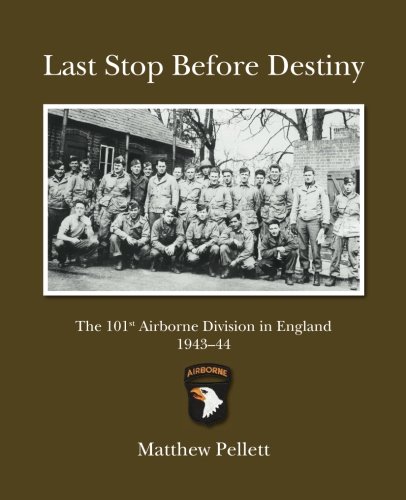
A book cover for Last Stop Before Destiny: The 101st Airborne Division in England 1943/44; Matthew Pellett; History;